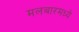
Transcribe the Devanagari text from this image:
मलबारमध्ये